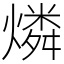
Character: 燐